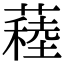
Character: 𦽂